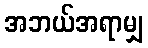
အဘယ်အရာမျှ